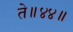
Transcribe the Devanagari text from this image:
ते॥४४॥